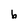
Character: b